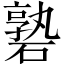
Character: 䃞